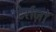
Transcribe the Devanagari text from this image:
टेर्राज़ो